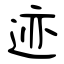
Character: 迹